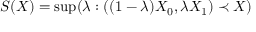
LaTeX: S ( X ) = \operatorname* { s u p } ( \lambda : ( ( 1 - \lambda ) X _ { 0 } , \lambda X _ { 1 } ) \prec X )